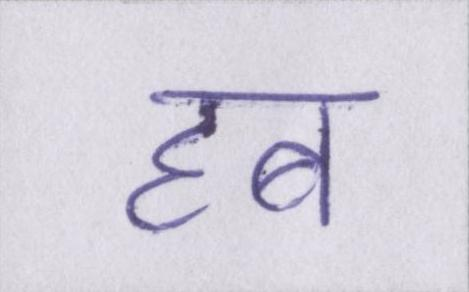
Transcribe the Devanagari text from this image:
हब